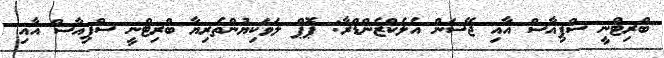
ބްރިޓްނީ ސްޕިއާސް އާއި ޖޭސަން އެލެކްޒެންޑްރާ: ޕޮޕް ލަވަކިޔުންތެރިޔާ ބްރިޓްނީ ސްޕިއާސް އާއި